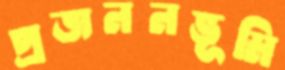
প্রজননভূমি